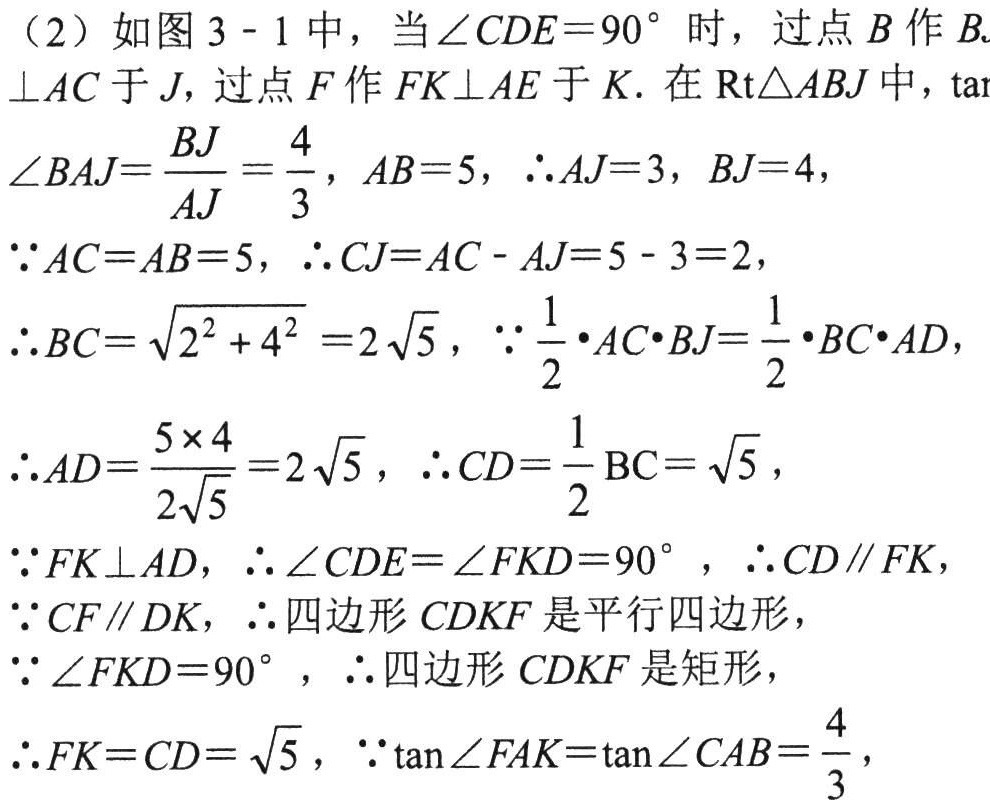
（2）如图 3 - 1 中，当\(\angle CDE = 90^{\circ}\)时，过点\(B\)作\(BJ\perp AC\)于\(J\)，过点\(F\)作\(FK\perp AE\)于\(K\). 在\(\text{Rt}\triangle ABJ\)中，\(\tan\angle BAJ=\frac{BJ}{AJ}=\frac{4}{3}\)，\(AB = 5\)，\(\therefore AJ = 3\)，\(BJ = 4\)，

\(\because AC = AB = 5\)，\(\therefore CJ=AC - AJ = 5 - 3 = 2\)，

\(\therefore BC=\sqrt{2^{2}+4^{2}} = 2\sqrt{5}\)，\(\because\frac{1}{2}\cdot AC\cdot BJ=\frac{1}{2}\cdot BC\cdot AD\)，

\(\therefore AD=\frac{5\times 4}{2\sqrt{5}} = 2\sqrt{5}\)，\(\therefore CD=\frac{1}{2}BC=\sqrt{5}\)，

\(\because FK\perp AD\)，\(\therefore\angle CDE=\angle FKD = 90^{\circ}\)，\(\therefore CD\parallel FK\)，

\(\because CF\parallel DK\)，\(\therefore\)四边形\(CDKF\)是平行四边形，

\(\because\angle FKD = 90^{\circ}\)，\(\therefore\)四边形\(CDKF\)是矩形，

\(\therefore FK = CD=\sqrt{5}\)，\(\because\tan\angle FAK=\tan\angle CAB=\frac{4}{3}\)，